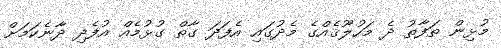
މުޅިން ތަފާތު ދެ މަހުލޫޤެއްގެ މެދުގައި އެފަދަ ގާތް ގުޅުމެއް އުފެދި ދާނެކަމަށް